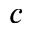
c